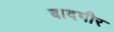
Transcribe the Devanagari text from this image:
बादगीर